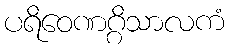
ပရိဝေဏဂ္ဂိသာလကံ